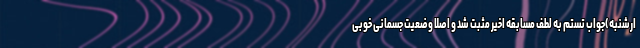
ارشنبه)جواب تستم به لطف مسابقه اخیر مثبت شد و اصلا وضعیت جسمانی خوبی